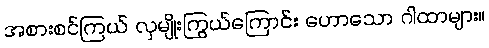
အစားစင်ကြယ် လှမျိုးကြွယ်ကြောင်း ဟောသော ဂါထာများ။